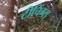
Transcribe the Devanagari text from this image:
टीचिंग्स्‌